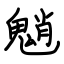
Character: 魈